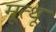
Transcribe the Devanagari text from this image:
मूत्थू